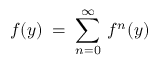
f ( y ) \; = \; \sum _ { n = 0 } ^ { \infty } \: f ^ { n } ( y )